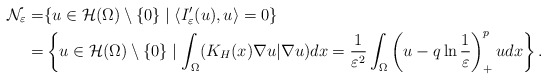
\begin{align*}\mathcal{N}_\varepsilon=&\{u\in \mathcal{H}(\Omega)\setminus\{0\}\mid \langle I'_\varepsilon(u),u\rangle =0\}\\=&\left\{u\in \mathcal{H}(\Omega)\setminus\{0\}\mid \int_{\Omega}(K_H(x)\nabla u|\nabla u)dx=\frac{1}{\varepsilon^2}\int_{\Omega}\left(u-q\ln\frac{1}{\varepsilon}\right)^{p}_+udx\right\}.\end{align*}